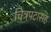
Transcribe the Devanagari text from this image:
चित्रपटासह